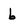
Character: b